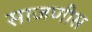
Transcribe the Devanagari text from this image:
साजणीस